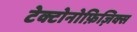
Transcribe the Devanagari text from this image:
टेक्टोनोफ़िज़िक्स